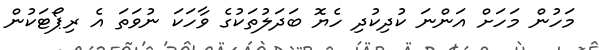
މަހުން މަހަށް އަންނަ ކުދިކުދި ހެޔޮ ބަދަލުތަކުގެ ވާހަކަ ނުވަތަ އެ ރިޕޯޓަކުން